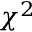
\chi ^ { 2 }